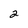
Character: 2